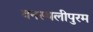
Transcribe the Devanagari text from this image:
वनस्थलीपुरम